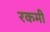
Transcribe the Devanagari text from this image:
रकमी